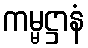
ကမ္မဋ္ဌာနံ